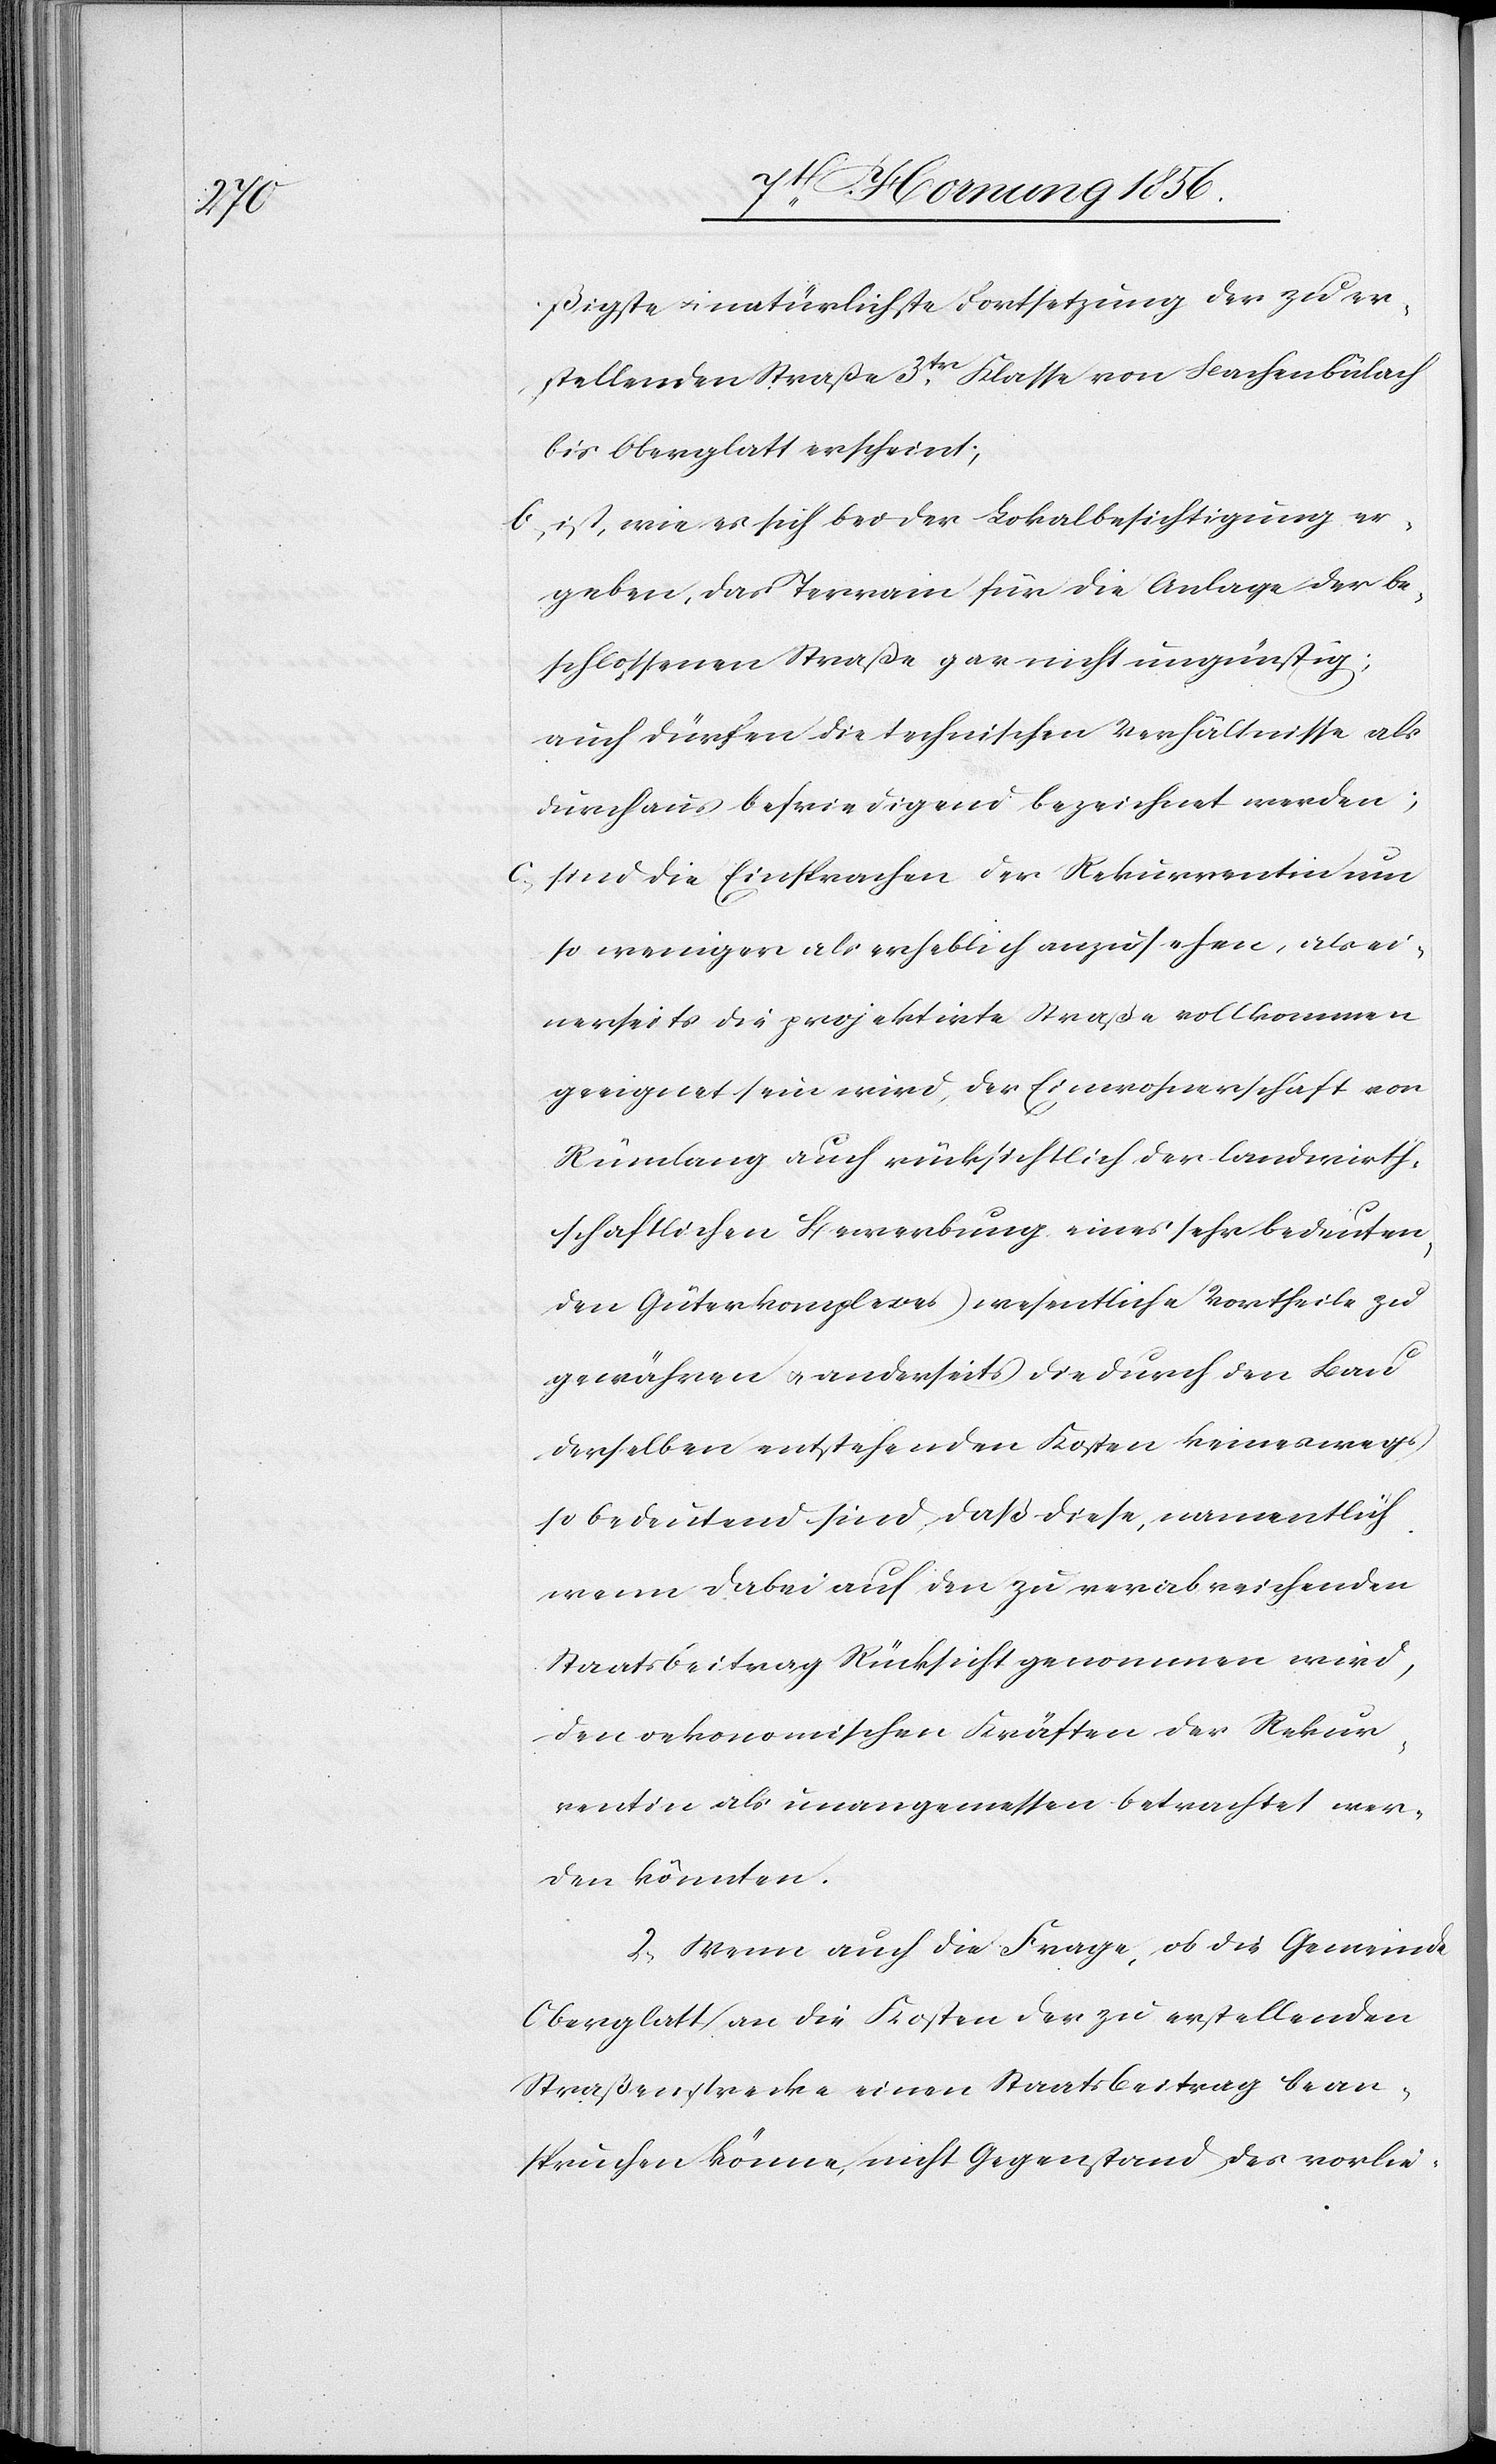
ßigste u. natürlichste Fortsetzung der zu er¬
stellenden Straße 3tr Klasse von Bachenbülach
bis Oberglatt erscheint;
b., ist, wie es sich bei der Lokalbesichtigung er¬
geben, das Terrain für die Anlage der be¬
schlossenen Straße gar nicht ungünstig;
auch dürfen die technischen Verhältnisse als
durchaus befriedigend bezeichnet werden;
c., sind die Einsprachen der Rekurrentin um
so weniger als erheblich anzusehen, als ei¬
nerseits die projektirte Straße vollkommen
geeignet sein wird, der Einwohnerschaft von
Rümlang auch rücksichtlich der landwirth¬
schaftlichen Bewerbung eines sehr bedeuten¬
den Güterkomplexes wesentliche Vortheile zu
gewähren u. anderseits die durch den Bau
derselben entstehenden Kosten keineswegs
so bedeutend sind, daß diese, namentlich
wenn dabei auf den zu verabreichenden
Staatsbeitrag Rücksicht genommen wird,
den oekonomischen Kräften der Rekur¬
rentin als unangemessen betrachtet wer¬
den könnten.
2., Wenn auch die Frage, ob die Gemeinde
Oberglatt an die Kosten der zu erstellenden
Straßenstrecke einen Staatsbeitrag bean¬
spruchen könne, nicht Gegenstand des vorlie-